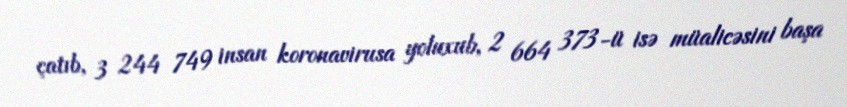
çatıb, 3 244 749 insan koronavirusa yoluxub, 2 664 373-ü isə müalicəsini başa